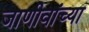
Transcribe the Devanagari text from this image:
जाणीवांच्या